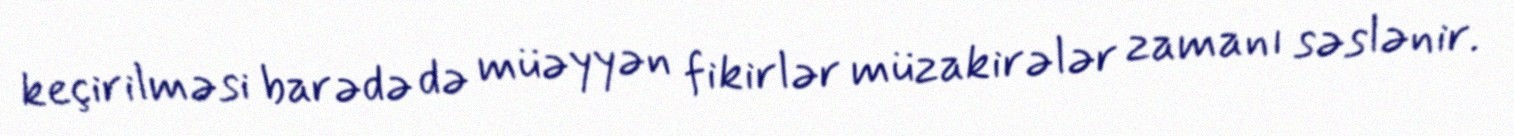
keçirilməsi barədə də müəyyən fikirlər müzakirələr zamanı səslənir.